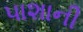
પાશાની